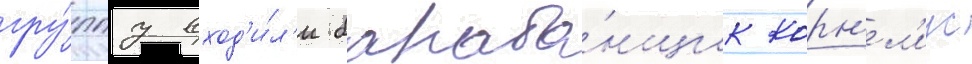
гру́ппу вход'и́л'и бараба́нщик корн'ел'иус